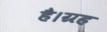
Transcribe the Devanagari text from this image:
है।ग्रह